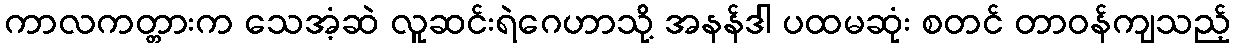
ကာလကတ္တားက သေအံ့ဆဲ လူဆင်းရဲဂေဟာသို့ အနန်ဒါ ပထမဆုံး စတင် တာဝန်ကျသည့်